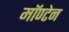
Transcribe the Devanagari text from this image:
मॉण्टेन